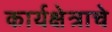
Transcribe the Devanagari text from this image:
कार्यक्षेत्राचे